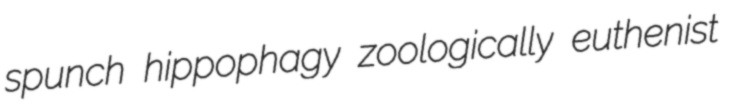
spunch hippophagy zoologically euthenist